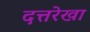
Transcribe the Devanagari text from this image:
दत्तरेखा